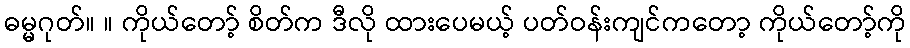
ဓမ္မဂုတ်။ ။ ကိုယ်တော့် စိတ်က ဒီလို ထားပေမယ့် ပတ်ဝန်းကျင်ကတော့ ကိုယ်တော့်ကို